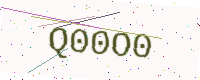
Text: Q00O0